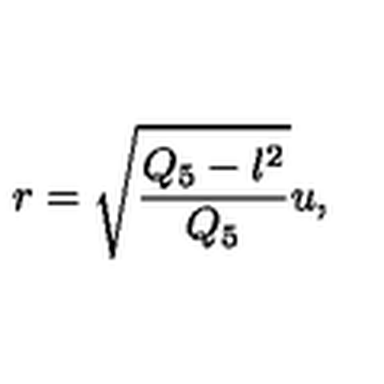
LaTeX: r = \sqrt { \frac { Q _ { 5 } - l ^ { 2 } } { Q _ { 5 } } } u ,